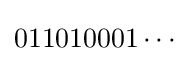
011010001\cdots